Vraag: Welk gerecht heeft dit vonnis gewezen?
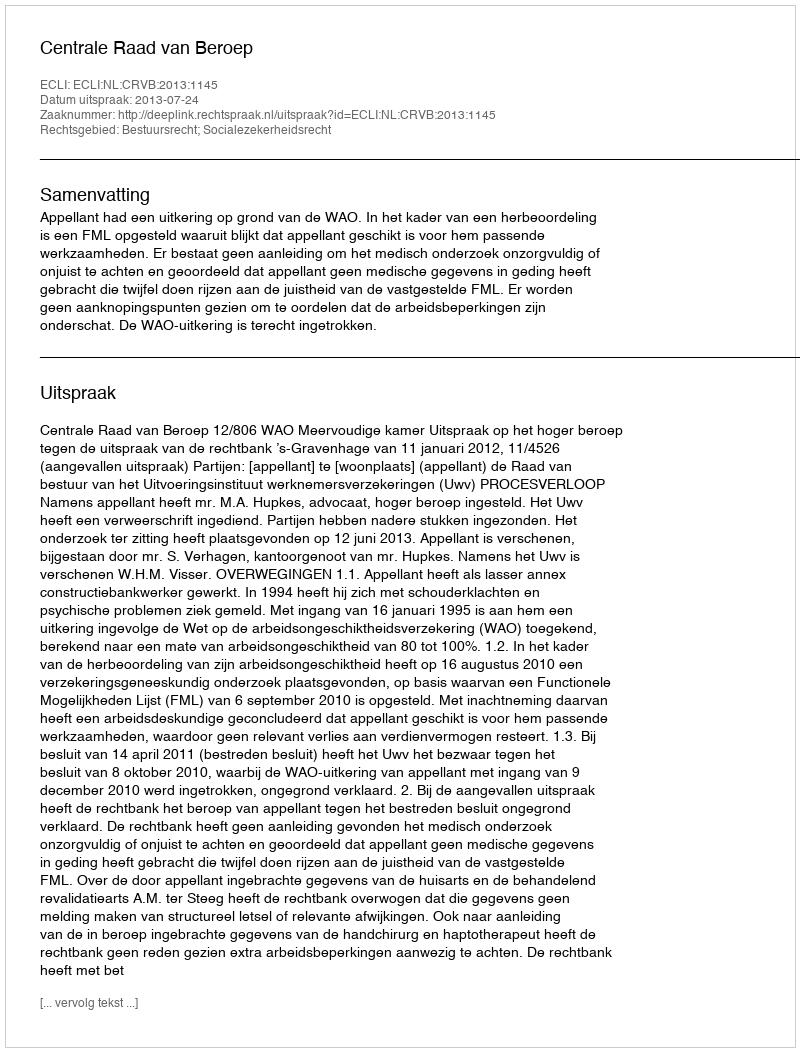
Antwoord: Centrale Raad van Beroep